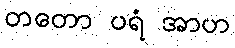
တတော ပရံ အာဟ